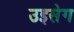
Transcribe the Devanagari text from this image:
उइसेग